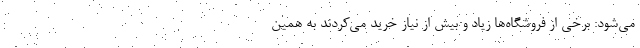
می‌شود: برخی از فروشگاه‌ها زیاد و بیش از نیاز خرید می‌کردند به‌ همین